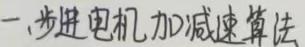
一、步进电机加减速算法